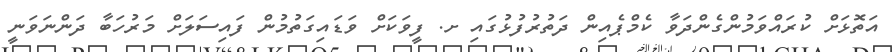
އަތޮޅަށް ކުރައްވަމުންގެންދަވާ ކެމްޕެއިން ދަތުރުފުޅުގައި ށ. ފީވަކަށް ވަޑައިގަތުމުން ފައިސަލަށް މަރުހަބާ ދަންނަވަނީ